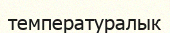
температуралык